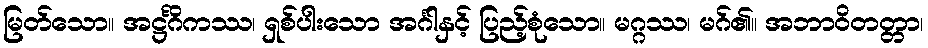
မြတ်သော။ အဋ္ဌင်္ဂိကဿ၊ ရှစ်ပါးသော အင်္ဂါနှင့် ပြည့်စုံသော။ မဂ္ဂဿ၊ မဂ်၏။ အဘာဝိတတ္တာ၊